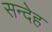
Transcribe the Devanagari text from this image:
सन्‍देह